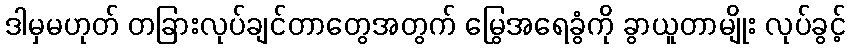
ဒါမှမဟုတ် တခြားလုပ်ချင်တာတွေအတွက် မြွေအရေခွံကို ခွာယူတာမျိုး လုပ်ခွင့်